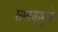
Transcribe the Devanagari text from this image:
समाजामुळे